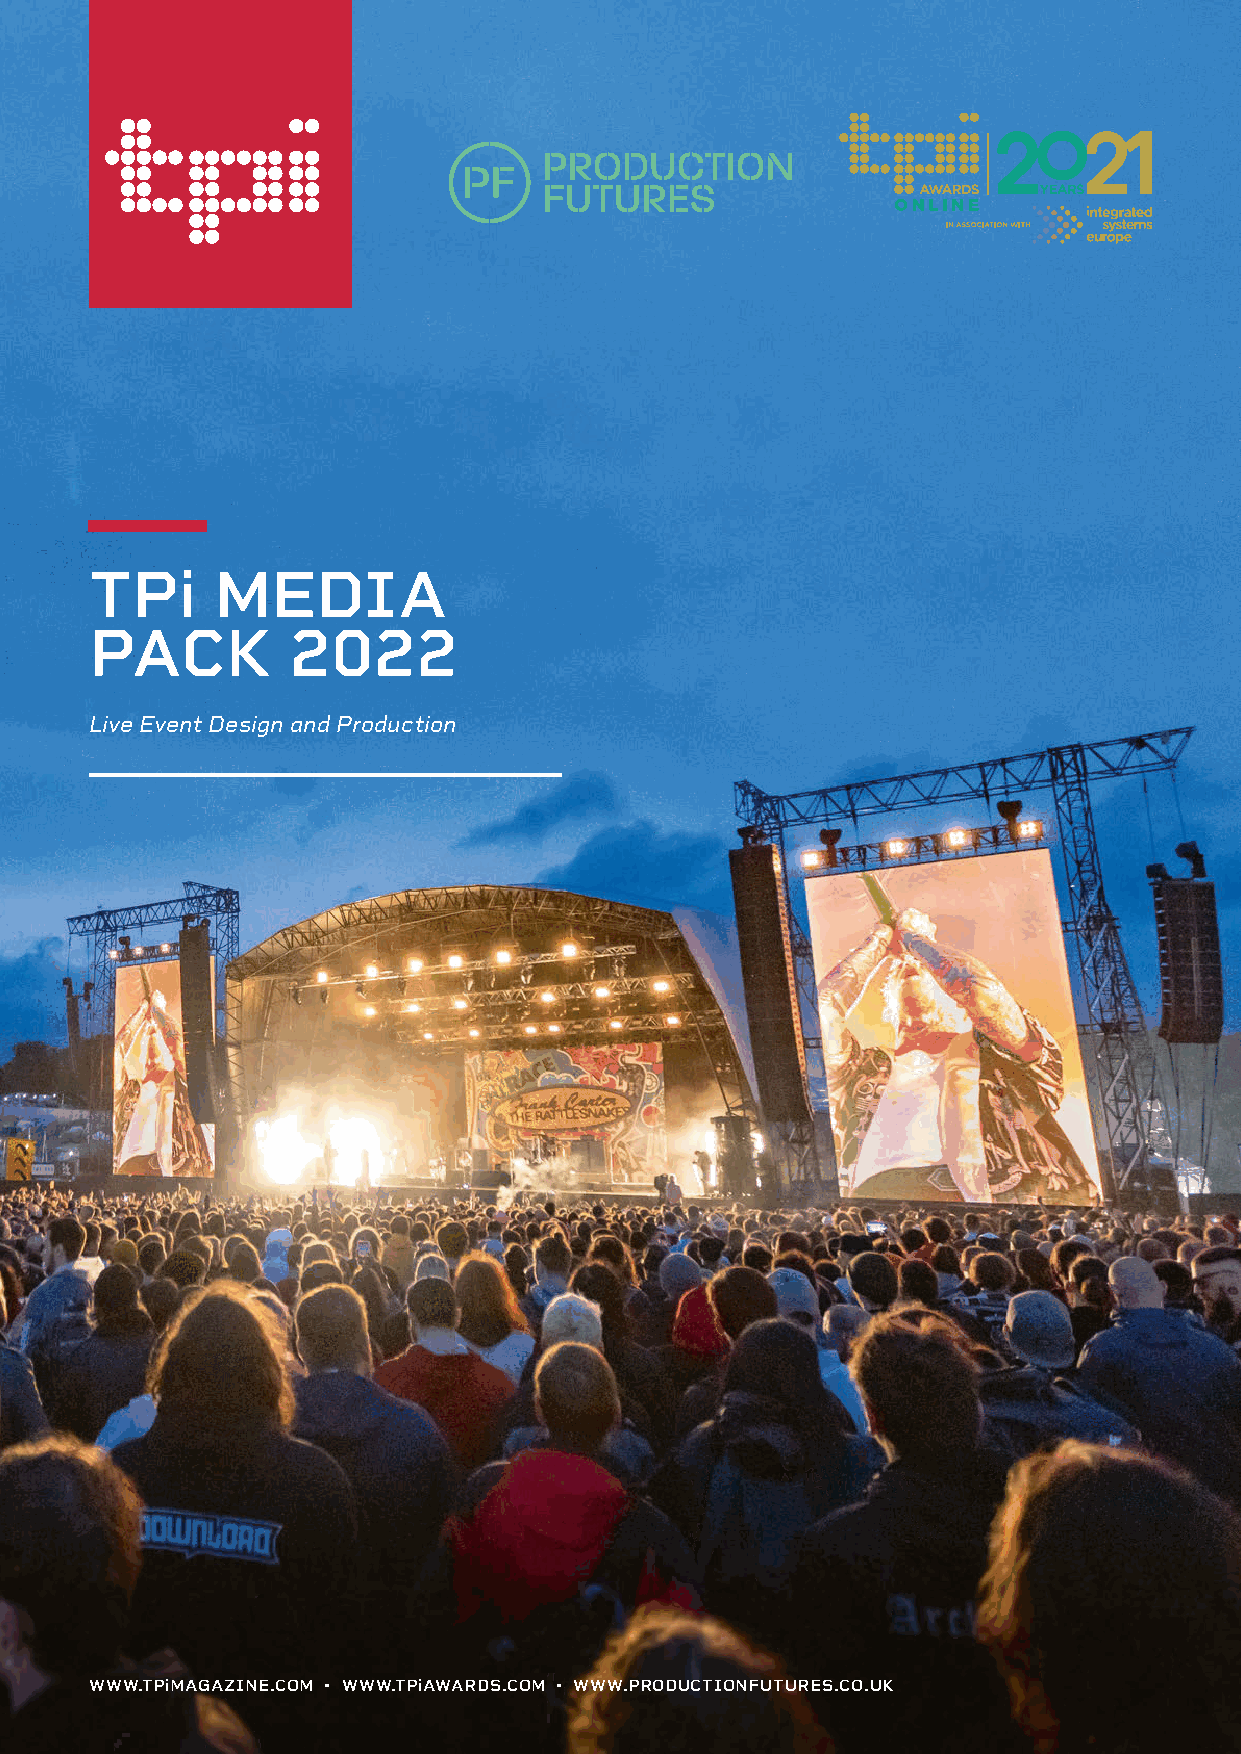
TPi     MEDIA
 PACK         2022
 Live Event Design and Production
 WWW.TPiMAGAZINE.COM • WWW.TPiAWARDS.COM • WWW.PRODUCTIONFUTURES.CO.UK